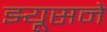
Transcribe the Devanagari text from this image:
झ्यूसने